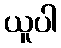
ယူပါ